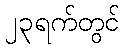
၂၃ရက်တွင်